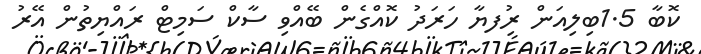
ކޮބާ 1.5ބިލިއަން ރުިފޔާ ހަރަދު ކޮއްގެން ބޭއްވި ސާކް ސަމިޓް ރައްޔިތުން އޭރު